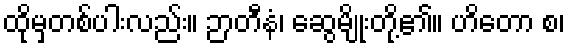
ထိုမှတစ်ပါးလည်း။ ဉာတီနံ၊ ဆွေမျိုးတို့၏။ ဟိတော စ၊